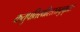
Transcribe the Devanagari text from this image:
क्रतुपतिरधीशस्तनुभृतां।